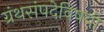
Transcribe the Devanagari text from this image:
ग्रंथसंपदेविषयी